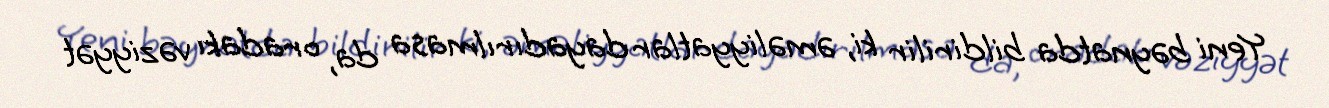
Yeni bəynatda bildirilir ki, əməliyyatlar dayadırılmasa da, oradakı vəziyyət